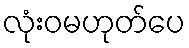
လုံးဝမဟုတ်ပေ